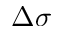
\Delta \sigma